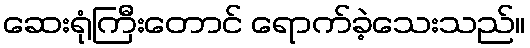
ဆေးရုံကြီးတောင် ရောက်ခဲ့သေးသည်။